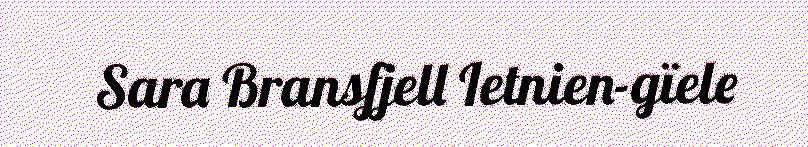
Sara Bransfjell Ietnien-gïele